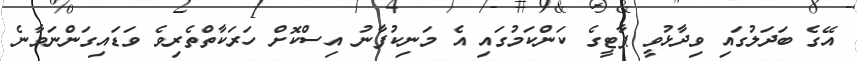
އޭގެ ބަދަލުގައި ވިދާޅުވީ ޕާޓީގެ ކަންކަމުގައި އެ މަނިކުފާނު އިސްކޮށް ހަރަކާތްތެރިވެ ވަޑައިގަންނަވާނެ